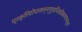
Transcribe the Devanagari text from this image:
प्रक्रियोपासन्नगुर्वभिरवीकरणानन्तरं